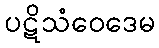
ပဋိသံဝေဒေမ